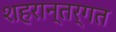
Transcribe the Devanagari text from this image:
शहरान्तर्गत